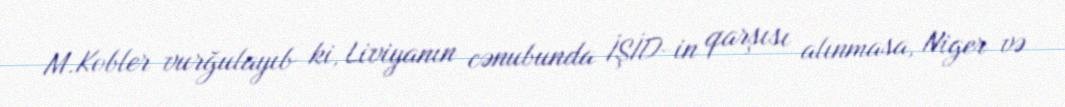
M.Kobler vurğulayıb ki, Liviyanın cənubunda İŞİD-in qarşısı alınmasa, Niger və